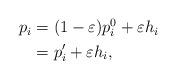
LaTeX: \begin{align*}\begin{aligned}p_i &= (1-\varepsilon) p_i^0 + \varepsilon h_i\\&= p_i^{\prime} + \varepsilon h_i,\end{aligned}\end{align*}